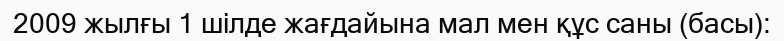
2009 жылғы 1 шілде жағдайына мал мен құс саны (басы):